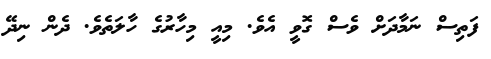
ފަތިސް ނަމާދަށް ވެސް ގޮވީ އެވެ. މިއީ މިހާރުގެ ހާލަތެވެ. ދެންް ނިދޭ